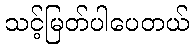
သင့်မြတ်ပါပေတယ်